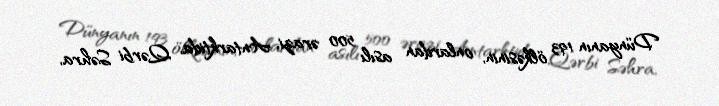
Dünyanın 193 ölkəsinin, onlardan asılı 500 ərazi, Antarktida, Qərbi Səhra,